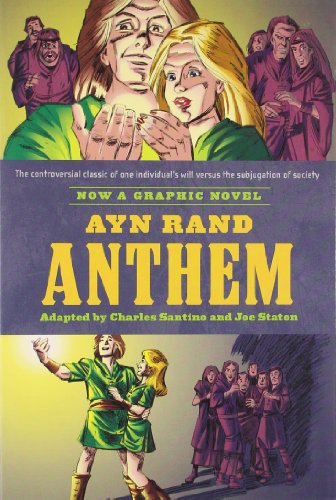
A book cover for Ayn Rand's Anthem: The Graphic Novel; Charles Santino; Comics & Graphic Novels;